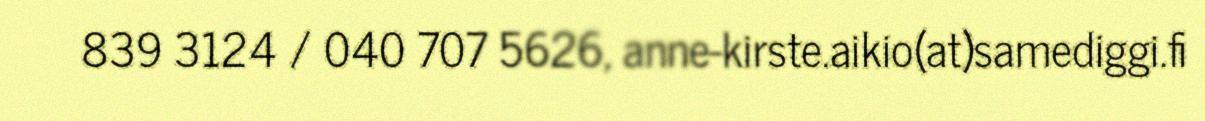
839 3124 / 040 707 5626, anne-kirste.aikio(at)samediggi.fi